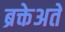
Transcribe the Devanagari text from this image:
ब्रक्तेअते